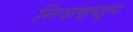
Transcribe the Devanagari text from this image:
निजस्वरूप